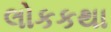
લોકકથા